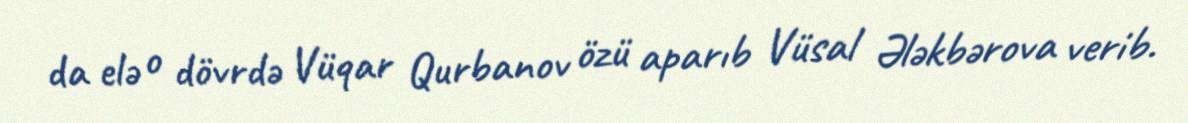
da elə o dövrdə Vüqar Qurbanov özü aparıb Vüsal Ələkbərova verib.